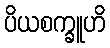
ပိယစက္ခူဟိ